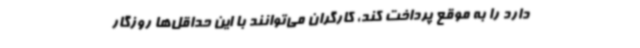
دارد را به موقع پرداخت کند، کارگران می‌توانند با این حداقل‌ها روزگار